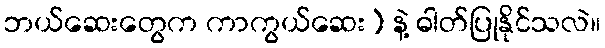
ဘယ်ဆေးတွေက ကာကွယ်ဆေး) နဲ့ ဓါတ်ပြုနိုင်သလဲ။